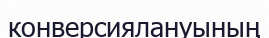
конверсиялануының